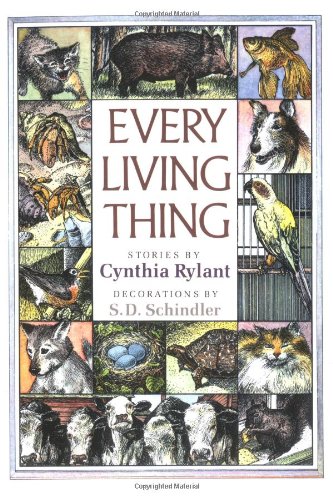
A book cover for EVERY LIVING THING; Cynthia Rylant; Children's Books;